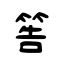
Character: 筶